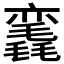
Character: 𰚳